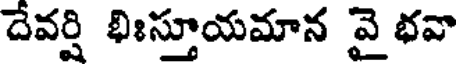
దేవర్షి భిఃస్తూయమాన వై భవా